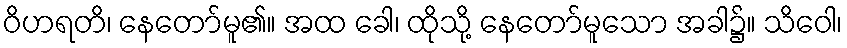
ဝိဟရတိ၊ နေတော်မူ၏။ အထ ခေါ၊ ထိုသို့ နေတော်မူသော အခါ၌။ သိဝေါ၊